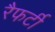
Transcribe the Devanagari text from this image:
रैफर्टी